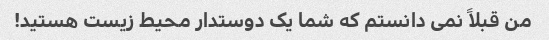
من قبلاً نمی دانستم که شما یک دوستدار محیط زیست هستید!